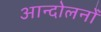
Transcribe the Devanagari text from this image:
आन्दोलनोंं